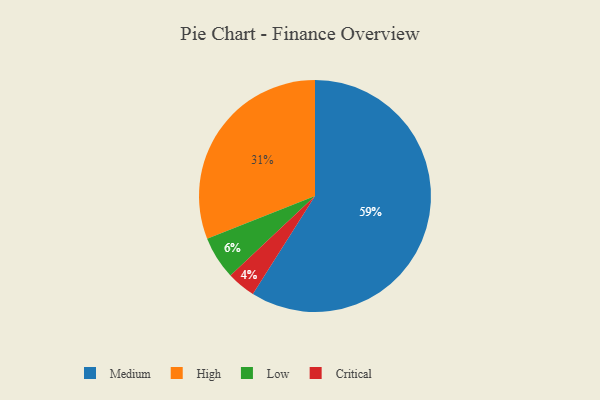
{"axis": {"x": "Category", "y": "Percentage"}, "legend": ["Critical", "High", "Low", "Medium"], "data": [{"x": "Medium", "y": 59, "type": "Medium"}, {"x": "High", "y": 31, "type": "High"}, {"x": "Low", "y": 6, "type": "Low"}, {"x": "Critical", "y": 4, "type": "Critical"}]}